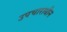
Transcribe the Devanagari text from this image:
उपचाराधीन